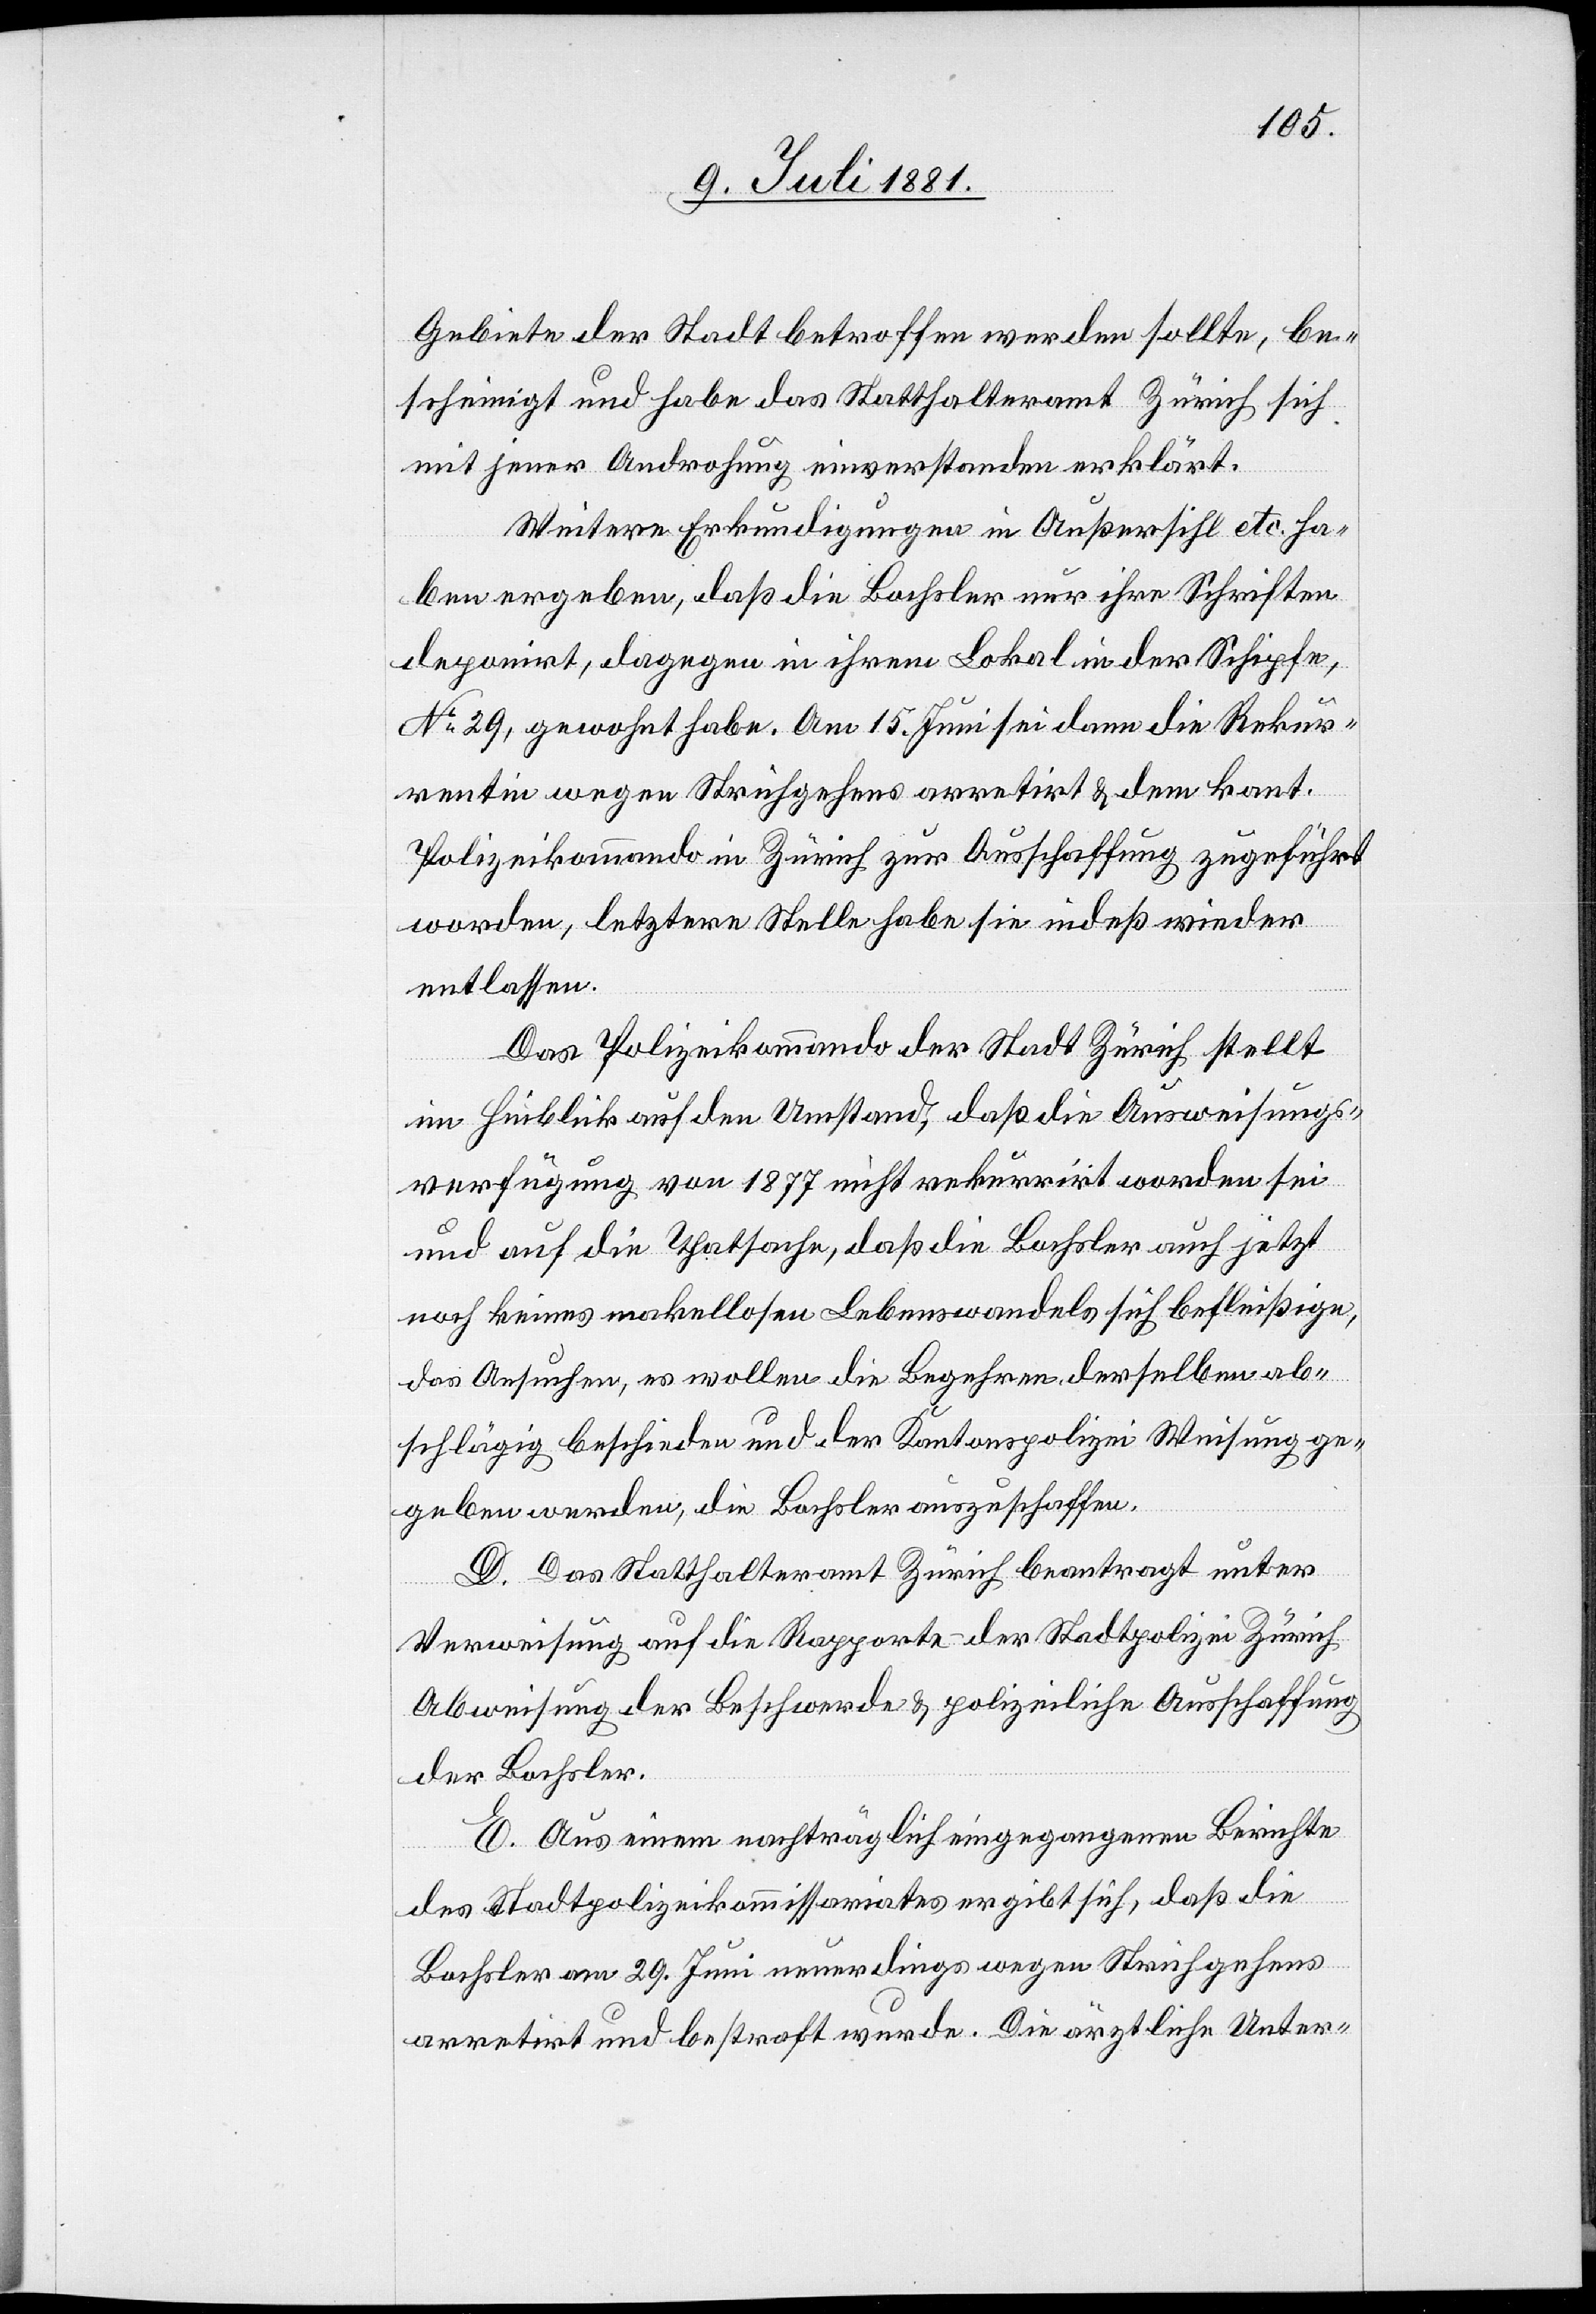
Gebiete der Stadt betroffen [sic!] werden sollte, be¬
scheinigt und habe das Statthalteramt Zürich sich
mit jener Androhung einverstanden erklärt.
Weitere Erkundigungen in Außersihl etc. ha¬
ben ergeben, daß die Bachsler nur ihre Schriften
deponirt, dagegen in ihrem Lokal in der Schipfe
No 29, gewohnt habe. Am 15. Juni sei dann die Rekur¬
rentin wegen Strichgehens arretirt & dem kant.
Polizeikommando in Zürich zur Ausschaffung zugeführt
worden, letztere Stelle habe sie indeß wieder
entlassen.
Das Polizeikommando der Stadt Zürich stellt
in Hinblick auf den Umstand, daß die Ausweisungs¬
verfügung von 1877 nicht rekurrirt worden sei
und auf die Thatsache, daß die Bachsler auch jetzt
noch keines makellosen Lebenswandels sich befleißige,
das Ansuchen, es wollen die Begehren derselben ab¬
schlägig beschieden und der Kantonspolizei Weisung ge¬
geben werden, die Bachsler auszuschaffen.
D. Das Statthalteramt Zürich beantragt unter
Verweisung auf die Rapporte der Stadtpolizei Zürich
Abweisung der Beschwerde & polizeiliche Ausschaffung
der Bachsler.
E. Aus einem nachträglich eingegangenen Berichte
des Stadtpolizeikommissariats ergibt sich, daß die
Bachsler am 29. Juni neuerdings wegen Strichgehens
arretirt und bestraft wurde. Die ärztliche Unter-